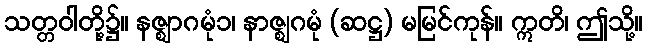
သတ္တဝါတို့၌။ နဇ္ဈာဂမုံ၁၊ နာဇ္ဈဂမုံ (ဆဋ္ဌ) မမြင်ကုန်။ ဣတိ၊ ဤသို့။